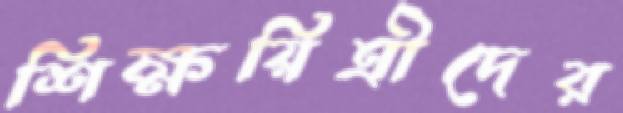
শিক্ষয়িত্রীদের